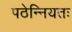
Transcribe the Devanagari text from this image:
पठेन्नियतः